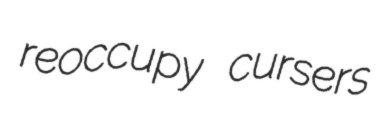
reoccupy cursers